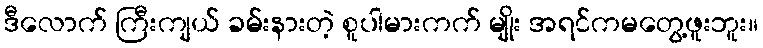
ဒီလောက် ကြီးကျယ် ခမ်းနားတဲ့ စူပါမားကက် မျိုး အရင်ကမတွေ့ဖူးဘူး။